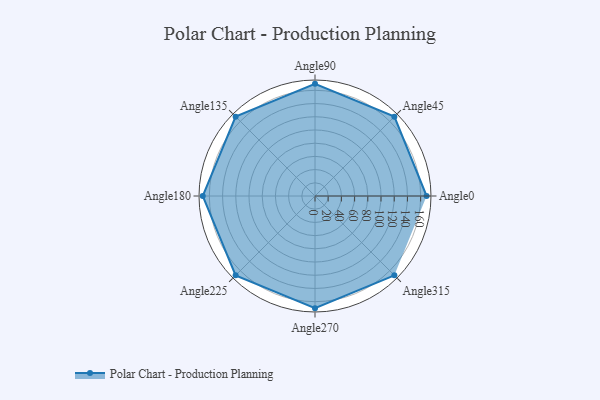
{"axis": {"x": "Angle", "y": "Radius"}, "legend": [""], "data": [{"x": "Angle0", "y": 169.0, "type": ""}, {"x": "Angle45", "y": 170, "type": ""}, {"x": "Angle90", "y": 170, "type": ""}, {"x": "Angle135", "y": 170, "type": ""}, {"x": "Angle180", "y": 170, "type": ""}, {"x": "Angle225", "y": 170, "type": ""}, {"x": "Angle270", "y": 170, "type": ""}, {"x": "Angle315", "y": 170, "type": ""}]}